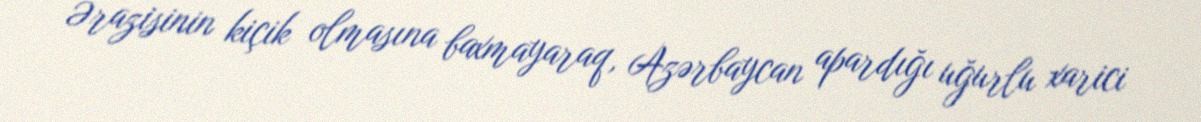
Ərazisinin kiçik olmasına baxmayaraq, Azərbaycan apardığı uğurlu xarici